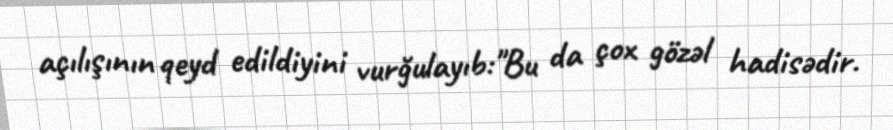
açılışının qeyd edildiyini vurğulayıb:"Bu da çox gözəl hadisədir.